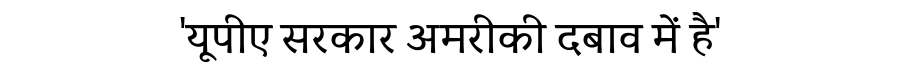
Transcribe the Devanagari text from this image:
'यूपीए सरकार अमरीकी दबाव में है'